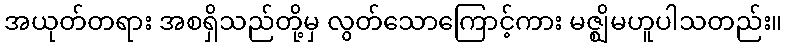
အယုတ်တရား အစရှိသည်တို့မှ လွတ်သောကြောင့်ကား မဇ္ဈိမဟူပါသတည်း။